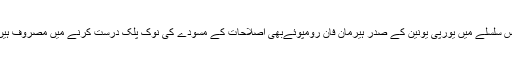
اس سلسلے میں یورپی یونین کے صدر ہیرمان فان رومپوئےبھی اصلاحات کے مسودے کی نوک پلک درست کرنے میں مصروف ہیں۔